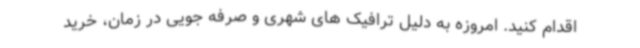
اقدام کنید. امروزه به دلیل ترافیک های شهری و صرفه جویی در زمان، خرید